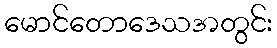
မောင်တောဒေသအတွင်း